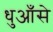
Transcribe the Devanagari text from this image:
धुआँसे